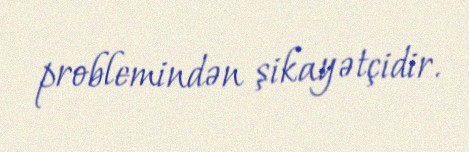
problemindən şikayətçidir.